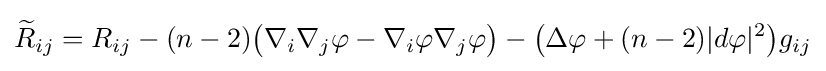
{\widetilde {R}}_{ij}=R_{ij}-(n-2){\big (}\nabla _{i}\nabla _{j}\varphi -\nabla _{i}\varphi \nabla _{j}\varphi {\big )}-{\big (}\Delta \varphi +(n-2)|d\varphi |^{2}{\big )}g_{ij}